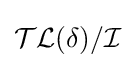
{\mathcal {TL}}(\delta )/{\mathcal {I}}